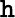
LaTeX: \mathtt{h}